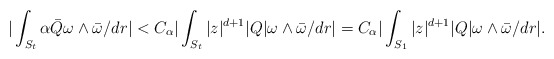
\begin{align*}|\int_{S_t} \alpha \bar Q \omega \wedge \bar \omega/dr| < C_\alpha|\int_{S_t} |z|^{d+1} |Q| \omega \wedge \bar \omega/dr| = C_\alpha|\int_{S_1} |z|^{d+1} |Q| \omega \wedge \bar \omega/dr|.\end{align*}